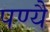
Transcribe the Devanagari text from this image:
पण्यै